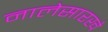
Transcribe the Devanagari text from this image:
नालेसारखे